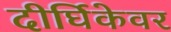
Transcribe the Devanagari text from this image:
दीर्घिकेवर